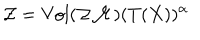
{ \cal { Z } } = \mathrm { V o l } ( { \cal { Z M } } ) ( T ( X ) ) ^ { \alpha }